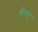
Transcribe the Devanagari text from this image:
वीरन्न